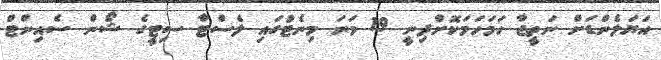
އަޔަލެންޑަށް ނަތީޖާ ހަމަހަމަކޮށްދިނީ 19 ވަނަ މިނެޓުގައި ލެސްޓާ ސިޓީގެ ޝޯން ސެއިންޓް